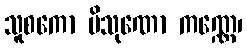
သူစကော ပိသုဏော ကဏ္ဏေ၊